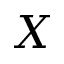
X